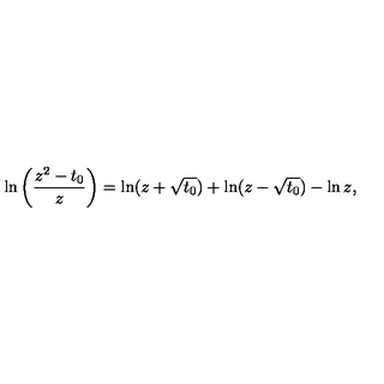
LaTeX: \ln \left( \frac { z ^ { 2 } - t _ { 0 } } { z } \right) = \ln ( z + \sqrt { t _ { 0 } } ) + \ln ( z - \sqrt { t _ { 0 } } ) - \ln z ,